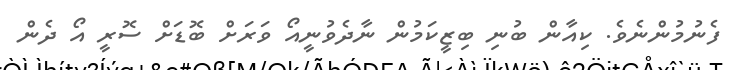
ފެނުމުންނެވެ. ކިއާން ބުނި ބިޒީކަމުން ނާދެވުނީއޯ ވަރަށް ބޮޑަށް ސޮރީ އޯ ދެން